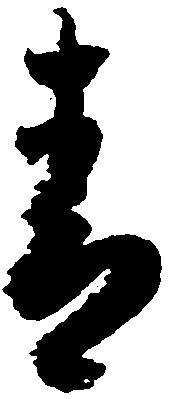
青